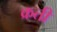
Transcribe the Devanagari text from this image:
क्रती